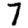
Digit: 7